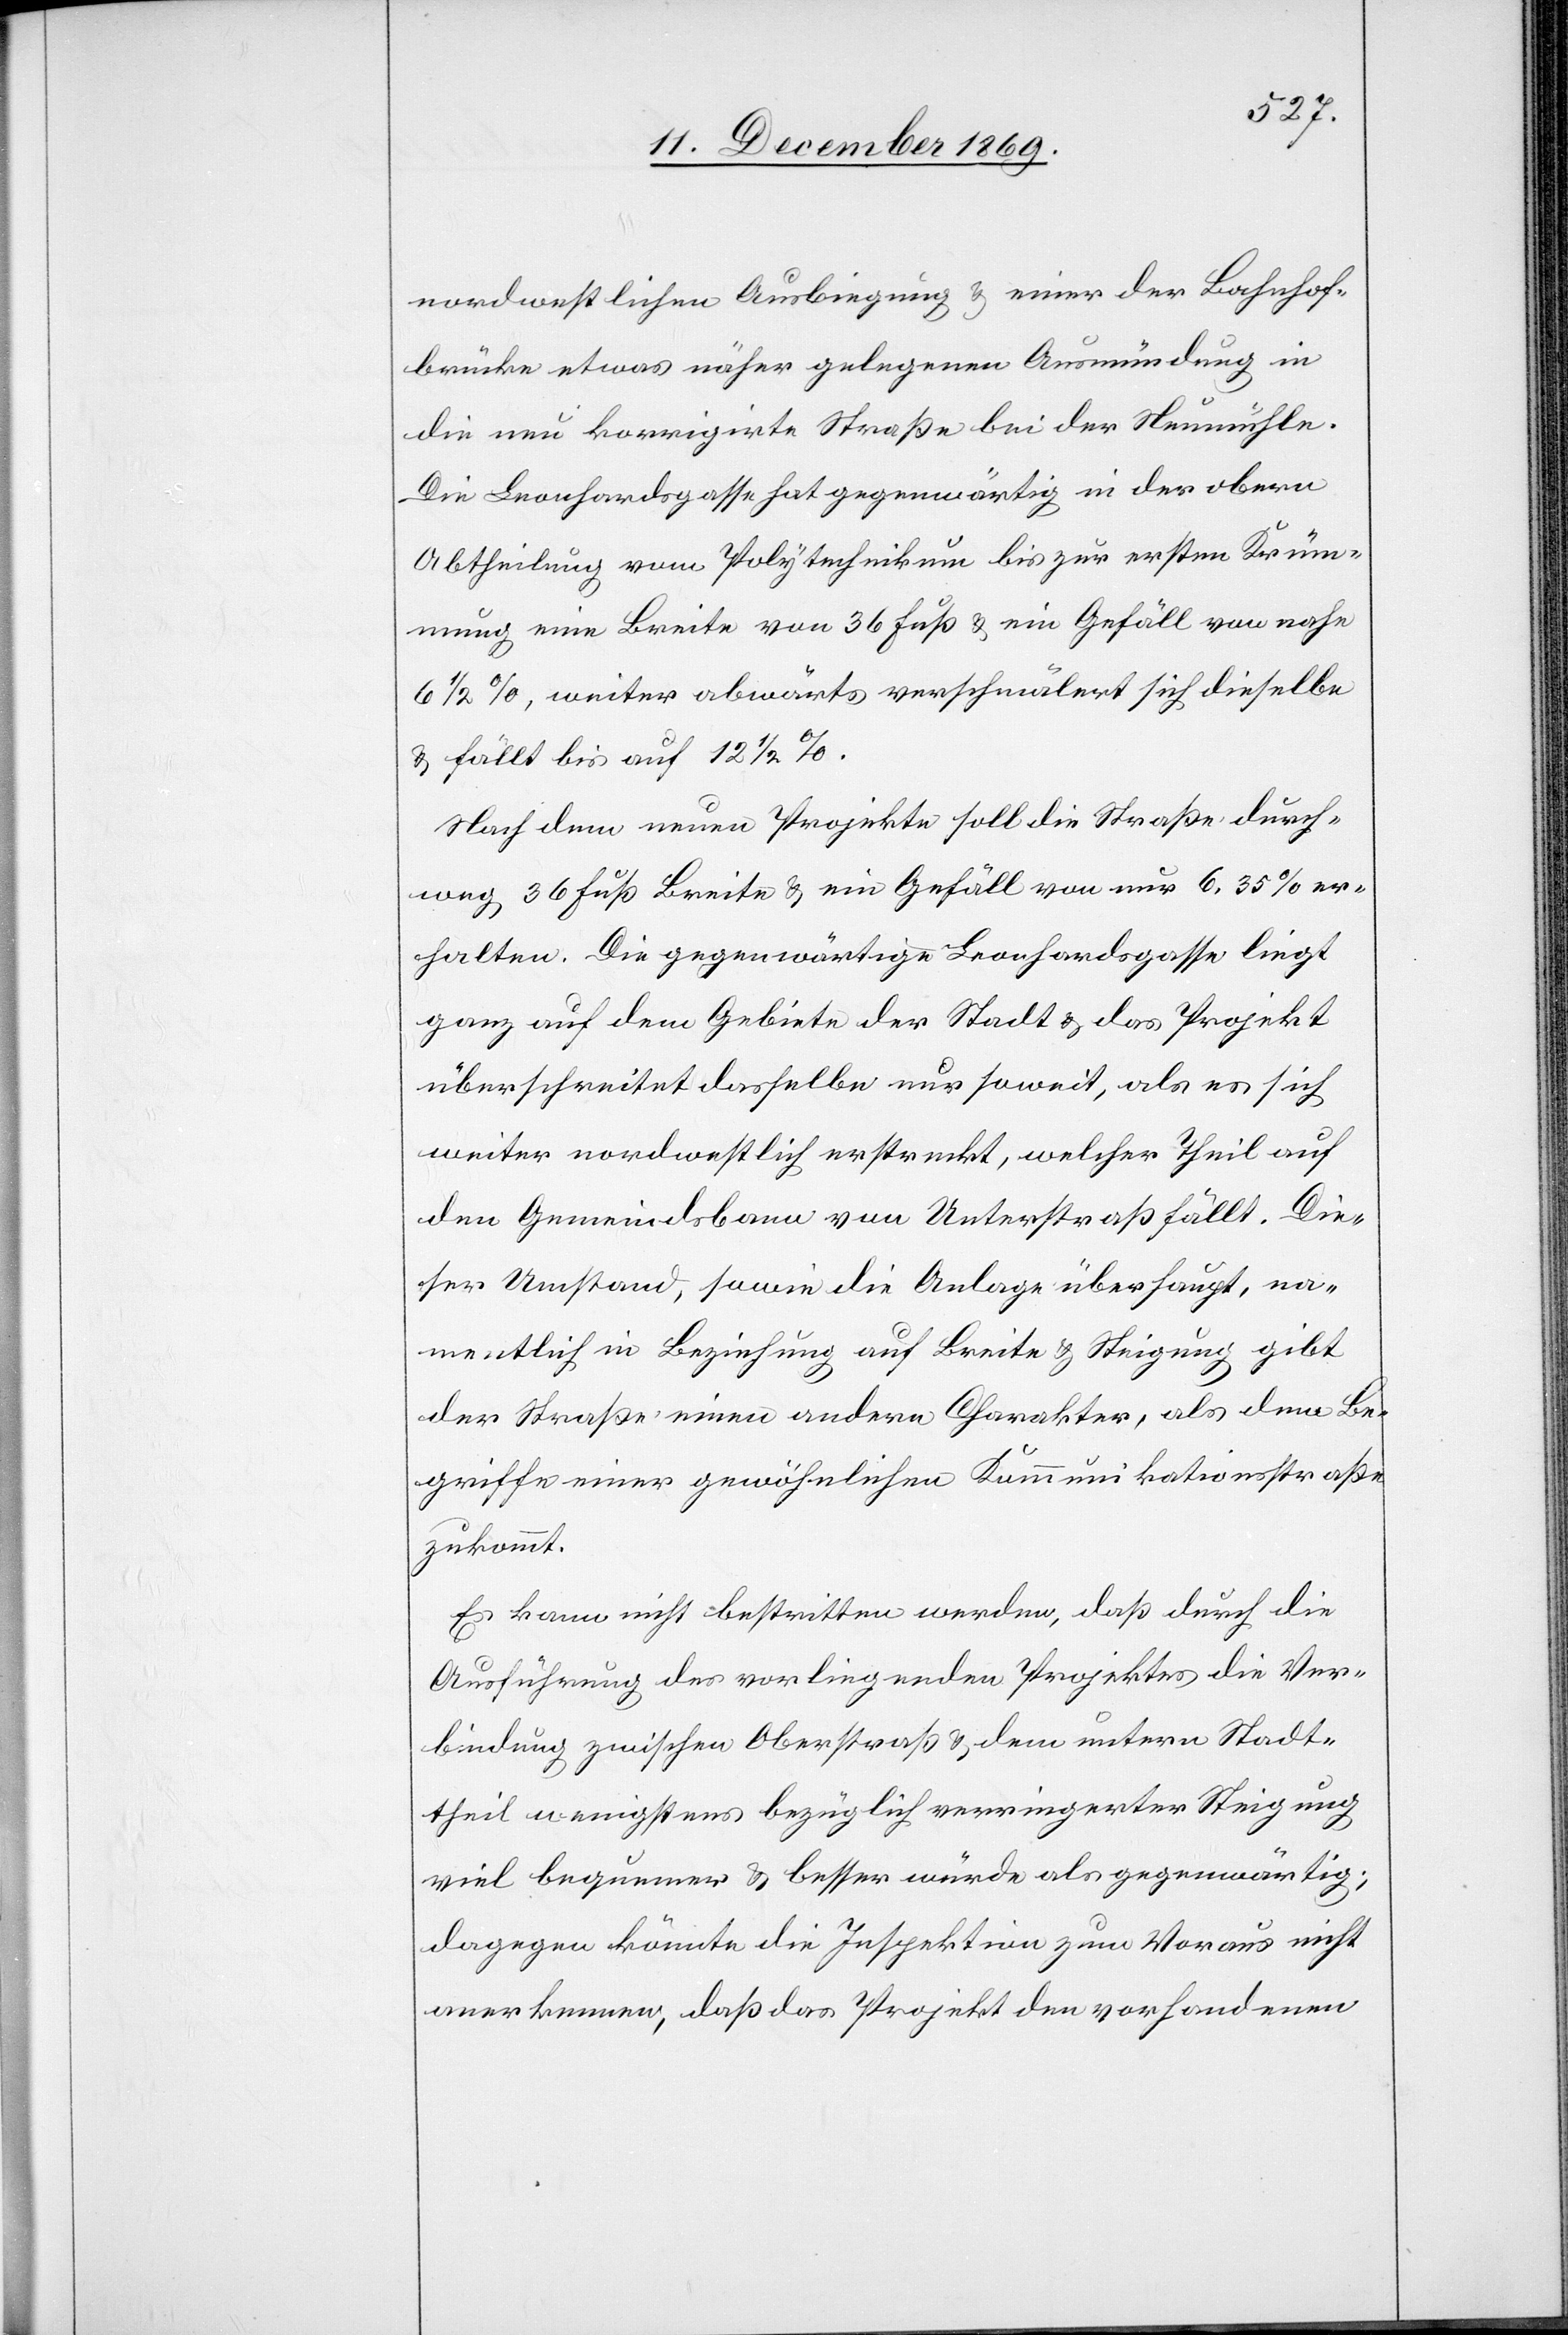
nordwestlichen Ausbiegung & einer der Bahnhof¬
brücke etwas näher gelegenen Ausmündung in
die neu korrigirte Straße bei der Neumühle.
Die Leonhardsgasse hat gegenwärtig in der obern
Abtheilung vom Polytechnikum bis zur ersten Krüm¬
mung eine Breite von 36 Fuß & ein Gefäll von nahe
6 1/2 %, weiter abwärts verschmälert sich dieselbe
& fällt bis auf 12 1/2 %.
Nach dem neuen Projekte soll die Straße durch¬
weg 36 Fuß Breite & ein Gefäll von nur 6,35% er¬
halten. Die gegenwärtige Leonhardsgasse liegt
ganz auf dem Gebiete der Stadt & das Projekt
überschreitet dasselbe nur soweit, als es sich
weiter nordwestlich erstreckt, welcher Theil auf
den Gemeindsbann von Unterstraß fällt. Die¬
ser Umstand, sowie die Anlage überhaupt, na¬
mentlich in Beziehung auf Breite & Steigung gibt
der Straße einen andern Charakter, als dem Be¬
griffe einer gewöhnlichen Kommunikationsstraße
zukommt.
Es kann nicht bestritten werden, daß durch die
Ausführung des vorliegenden Projektes die Ver¬
bindung zwischen Oberstraß & dem untern Stadt¬
theil wenigstens bezüglich verringerter Steigung
viel bequemer & besser würde als gegenwärtig;
dagegen könnte die Inspektion zum Voraus nicht
anerkennen, daß das Projekt den vorhandenen